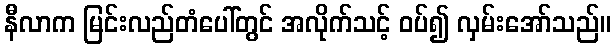
နီလာက မြင်းလည်တံပေါ်တွင် အလိုက်သင့် ဝပ်၍ လှမ်းအော်သည်။